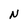
Character: N